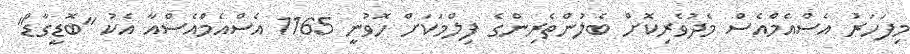
މިފަހަރު އެސްއެމްއެސް މެދުވެރިކޮށް ބެލުންތެރިންގެ ފިލްމަކަށް ހޮވުނީ 1165 އެސްއެމްއެސްއާ އެކު "ބޮޑީގާޑް"